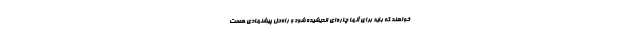
خواهند که باید برای آنها چاره‌ای اندیشیده شود و راه‌حل پیشنهادی هست